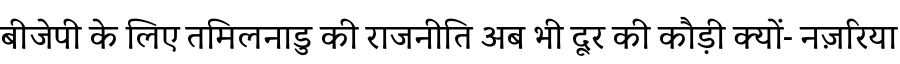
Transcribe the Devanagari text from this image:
बीजेपी के लिए तमिलनाडु की राजनीति अब भी दूर की कौड़ी क्यों- नज़रिया